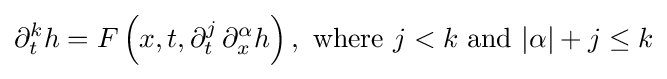
\partial _{t}^{k}h=F\left(x,t,\partial _{t}^{j}\,\partial _{x}^{\alpha }h\right),{\text{ where }}j<k{\text{ and }}|\alpha |+j\leq k